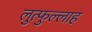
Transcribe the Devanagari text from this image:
लुत्फुल्लाह